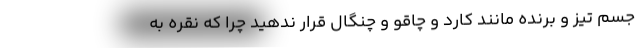
جسم تیز و برنده مانند کارد و چاقو و چنگال قرار ندهید چرا که نقره به